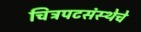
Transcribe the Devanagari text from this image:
चित्रपटसंस्थेचे